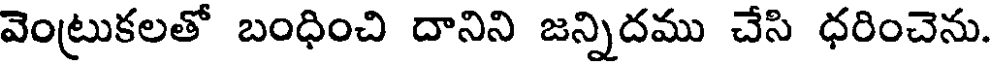
వెంట్రుకలతో బంధించి దానిని జన్నిదము చేసి ధరించెను.